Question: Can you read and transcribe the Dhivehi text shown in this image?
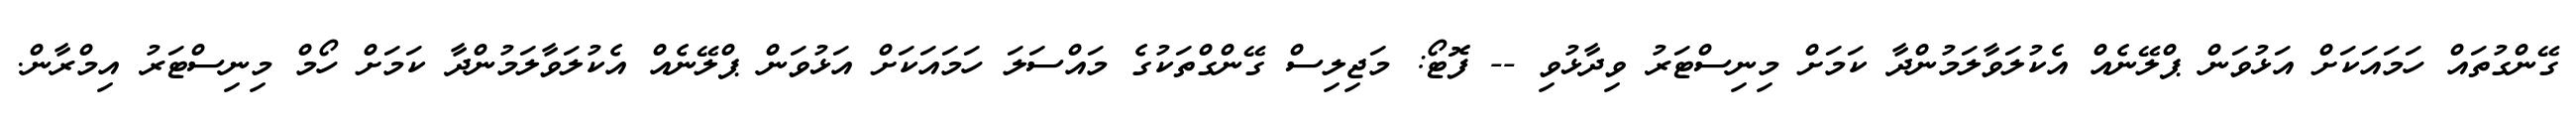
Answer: ގޭންގުތައް ހަމައަކަށް އަޅުވަން ޕްލޭނެއް އެކުލަވާލަމުންދާ ކަމަށް މިނިސްޓަރު ވިދާޅުވި -- ފޮޓޯ: މަޖިލިސް ގޭންގްތަކުގެ މައްސަލަ ހަމައަކަށް އަޅުވަން ޕްލޭނެއް އެކުލަވާލަމުންދާ ކަމަށް ހޯމް މިނިސްޓަރު އިމްރާން.